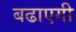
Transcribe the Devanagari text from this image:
बढाएगी